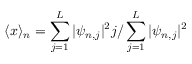
\langle x \rangle _ { n } = \sum _ { j = 1 } ^ { L } | \psi _ { n , j } | ^ { 2 } j / \sum _ { j = 1 } ^ { L } | \psi _ { n , j } | ^ { 2 }